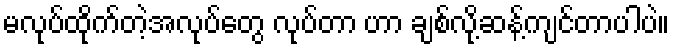
မလုပ်ထိုက်တဲ့အလုပ်တွေ လုပ်တာ ဟာ ချစ်လို့ဆန့်ကျင်တာပါပဲ။